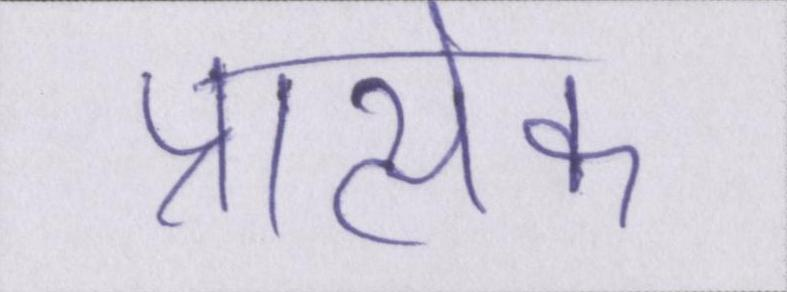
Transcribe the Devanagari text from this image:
प्रात्येक